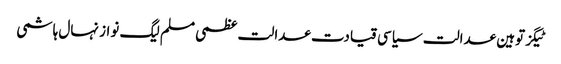
ٹیگزتوہین عدالت سیاسی قیادت عدالت عظمی مسلم لیگ نواز نہال ہاشمی